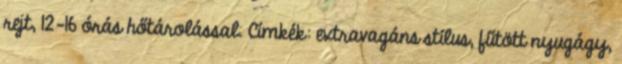
rejt, 12-16 órás hőtárolással. Címkék: extravagáns stílus, fűtött nyugágy,